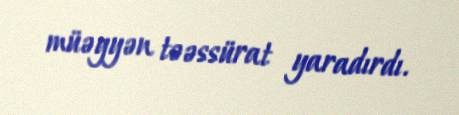
müəyyən təəssürat yaradırdı.